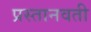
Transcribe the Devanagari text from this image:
प्रस्तानवती